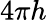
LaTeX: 4\pi h